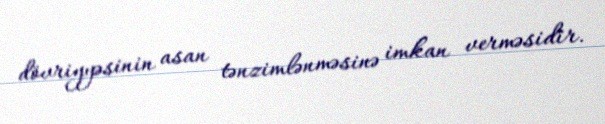
dövriyyəsinin asan tənzimlənməsinə imkan verməsidir.